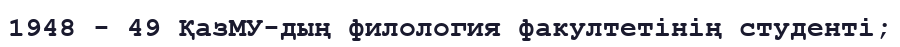
1948 - 49 ҚазМУ-дың филология факултетінің студенті;